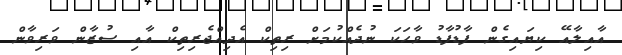
އާއިލާއޭ ކިޔައިގެން ފާޑުފާޑު ވާހަކަ ނުދެއްކުމަށް ރިތިކް އެދިއްޖެރިތިކް އާއި ސުޒާން ވަރިވާން